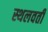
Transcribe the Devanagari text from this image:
स्थलवर्ती